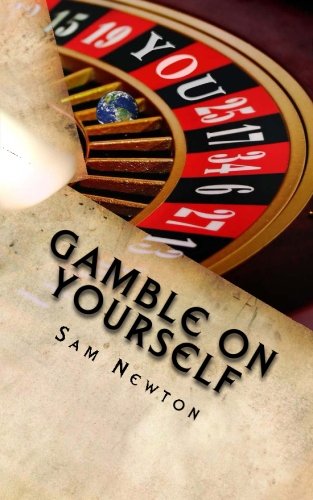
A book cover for Gamble On Yourself: Place A Bet On Changing Your Life; Sam Newton; Health, Fitness & Dieting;